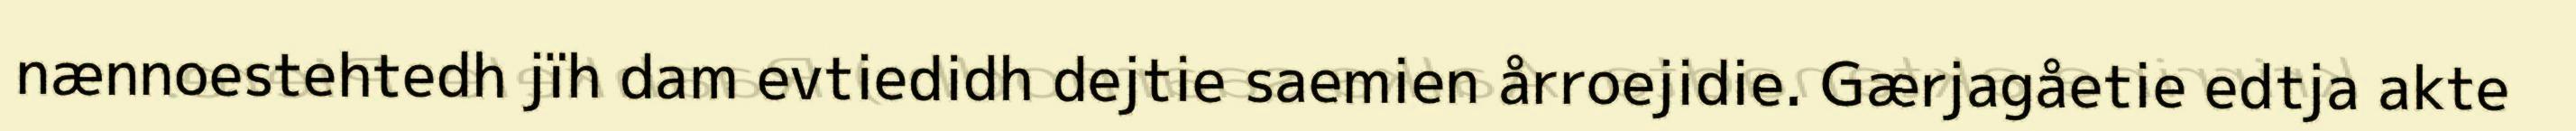
nænnoestehtedh jïh dam evtiedidh dejtie saemien årroejidie. Gærjagåetie edtja akte